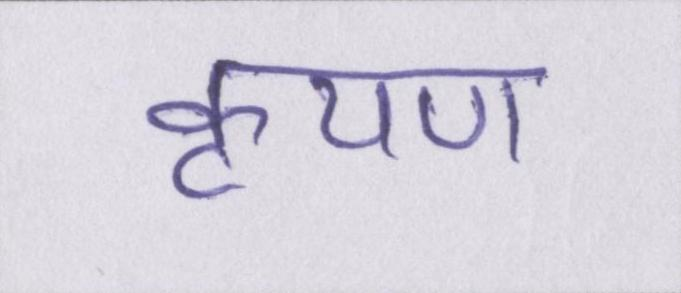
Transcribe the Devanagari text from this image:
कृपण